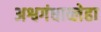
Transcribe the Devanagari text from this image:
अश्वगंधाव्लेहा